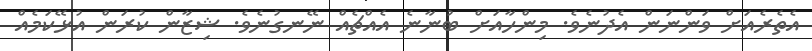
އެތެރެއަށް ވަންނަން އެދުނެވެ. މިންހާއަށް ބުނާނެ އެއްޗެއް ނޭނގުނެވެ. ޝިޒާން ކުރަން އުޅޭކަމެއް